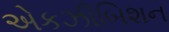
એકઝીબિશન